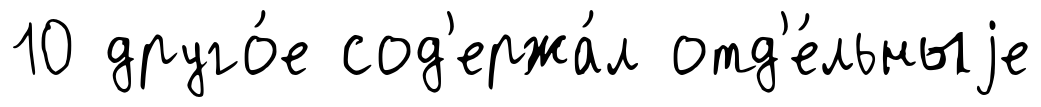
10 друго́е сод'ержа́л отд'е́льныjе